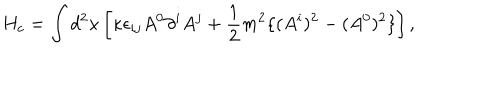
LaTeX: H _ { c } = \int d ^ { 2 } x \left[ { \kappa } \epsilon _ { i j } A ^ { 0 } \partial ^ { i } A ^ { j } + \frac { 1 } { 2 } m ^ { 2 } \{ ( A ^ { i } ) ^ { 2 } - ( A ^ { 0 } ) ^ { 2 } \} \right] ,